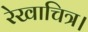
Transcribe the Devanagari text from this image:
रेखाचित्र।